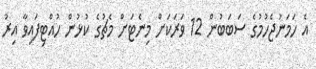
އެ ހަމަނުޖެހުމުގެ ސަބަބުން 12 ވަރަކަށް މިނެޓަށް މެޗުގެ ކުޅުން ހުއްޓިފައިވާ އިރު